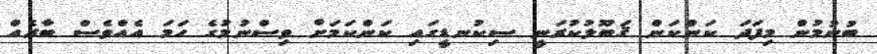
ބުނުމުން މިފަދަ ކަންކަން ޤަބޫލުކުރަނީ ސިކުނޑީގައި ކަންކަމަށް ވިސްނުމުގެ ހަމަ އެއްވެސް ބާރެއް